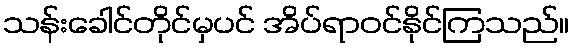
သန်းခေါင်တိုင်မှပင် အိပ်ရာဝင်နိုင်ကြသည်။